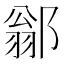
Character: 𨜺